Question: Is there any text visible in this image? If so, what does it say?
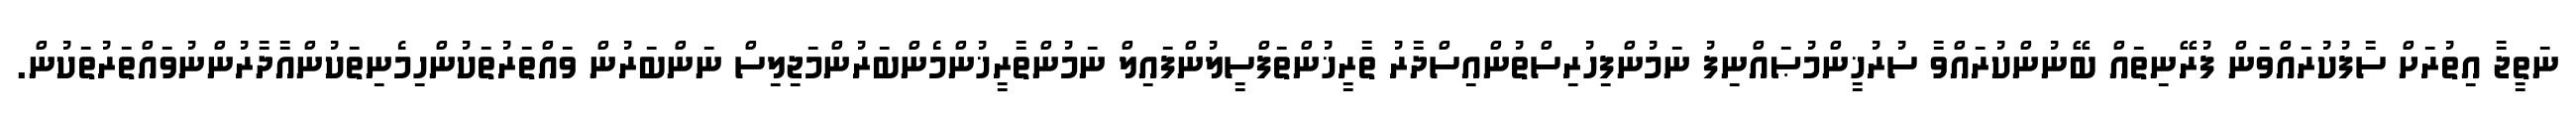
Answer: ނަތީޖާ އިތުރަށް ސާފުކުރައްވަން ފުރޭނިތައް ބޭނުންކުރައްވާ ސުރުޚީންމުޞައްނިފު ނަމުންފިހުރިސްތުންއިސްދާރު ތާރީޚުންތަފްސީލުންފައިލް ނަމުންތާރީޚުންމެންބަރުންމަޖިލިސް ނަންބަރުން ވައްތަރުތަކުންހިމެނިތަކުންއާދާރުންނުވައްތަރުތަކުން.